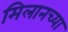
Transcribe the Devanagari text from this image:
मिलानच्या